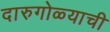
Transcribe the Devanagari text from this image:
दारुगोळ्याची